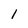
Character: 1